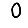
Digit: 0